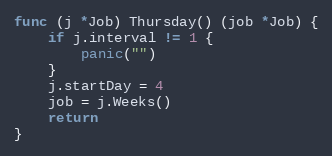
Language: Go
func (j *Job) Thursday() (job *Job) {
	if j.interval != 1 {
		panic("")
	}
	j.startDay = 4
	job = j.Weeks()
	return
}